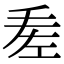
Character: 𢀠